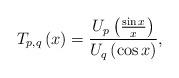
LaTeX: \begin{align*}T_{p,q}\left( x\right) =\frac{U_{p}\left( \frac{\sin x}{x}\right) }{U_{q}\left( \cos x\right) }, \end{align*}